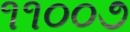
૧૧૦૦૭